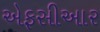
એફસીઆર